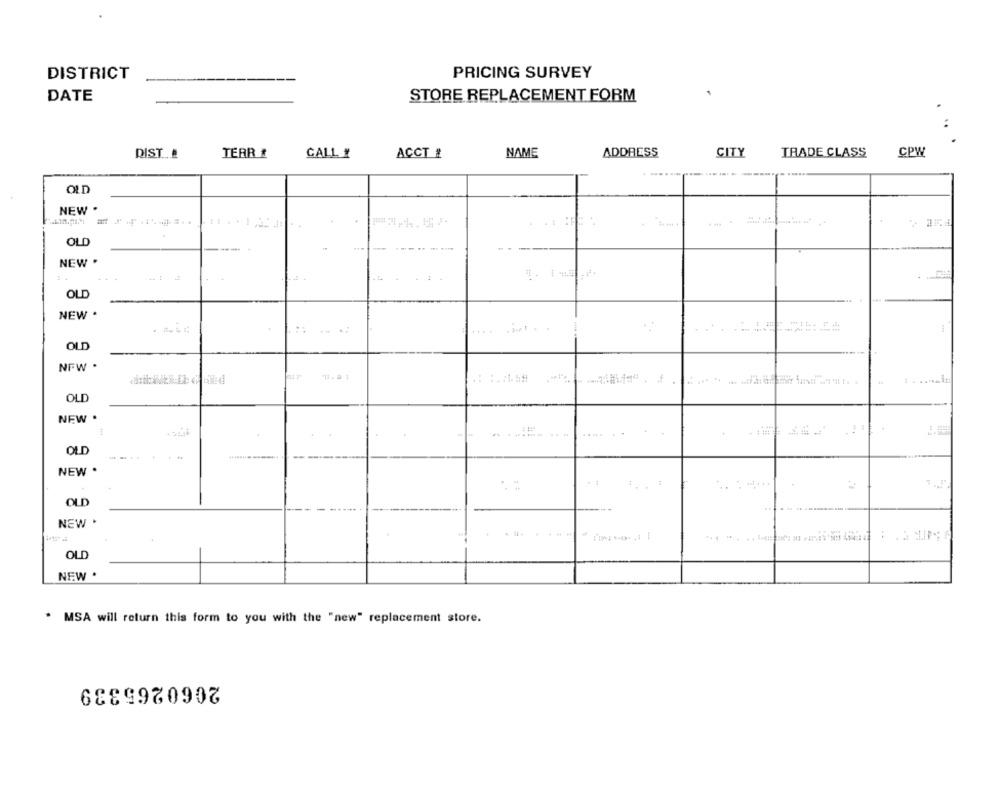
DISTRICT
PRICING SURVEY
DATE
STORE REPLACEMENT FORM
...
DIST !
TERR #
CALL #
ACCT #
NAME
ADDRESS
CITY
TRADE CLASS
CPW
OLD
NEW .
OLD
----
NEW .
...
OLD
NEW .
1
OLD
NFW .
OLD
NEW .
..
OLD
.-
NEW .
OLD
NEW .
OLD
NEW .
. MSA will return this form to you with the "new" replacement store.
2060265339